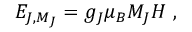
E _ { J , M _ { J } } = g _ { J } \mu _ { B } M _ { J } H ~ ,